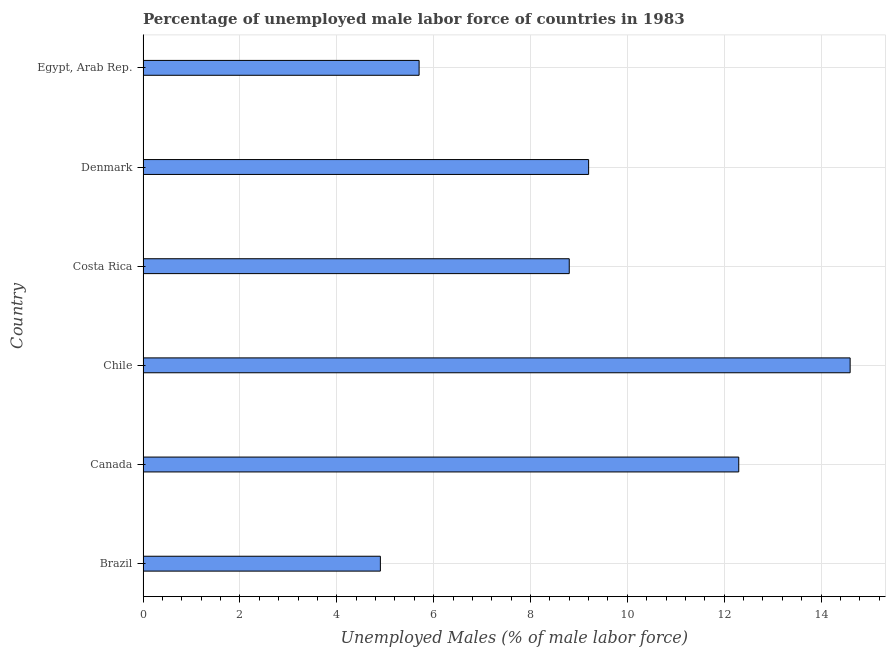
| Country | Unemployment male |
 | --- | --- |
 | Brazil | 4.9 |
 | Canada | 12.3 |
 | Chile | 14.6 |
 | Costa Rica | 8.8 |
 | Denmark | 9.2 |
 | Egypt, Arab Rep. | 5.7 |